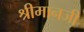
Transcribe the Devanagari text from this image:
श्रीमानजी